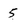
Character: 5